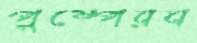
পুষ্পেরব